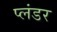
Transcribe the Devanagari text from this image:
प्लंडर